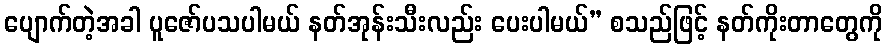
ပျောက်တဲ့အခါ ပူဇော်ပသပါမယ် နတ်အုန်းသီးလည်း ပေးပါမယ်” စသည်ဖြင့် နတ်ကိုးတာတွေကို